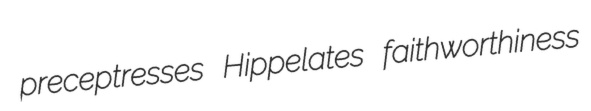
preceptresses Hippelates faithworthiness